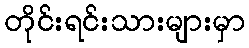
တိုင်းရင်းသားများမှာ